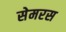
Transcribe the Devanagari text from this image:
सेमरस